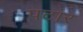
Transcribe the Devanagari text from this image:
पटार